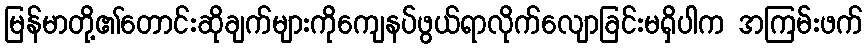
မြန်မာတို့၏တောင်းဆိုချက်များကိုကျေနပ်ဖွယ်ရာလိုက်လျောခြင်းမရှိပါက အကြမ်းဖက်